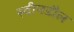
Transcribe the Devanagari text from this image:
स्वीनडौल